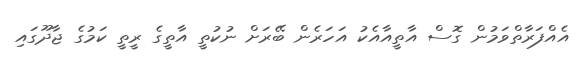
އެއްފަރާތްވަމުން ގޮސް އާތީއާއެކު އަހަރެން ބޭރަށް ނުކުތީ އާތީގެ ރީތީ ކަމުގެ ޖާދޫގައި